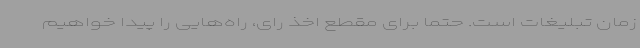
زمان تبلیغات است. حتماً برای مقطع اخذ رای، راه‌هایی را پیدا خواهیم